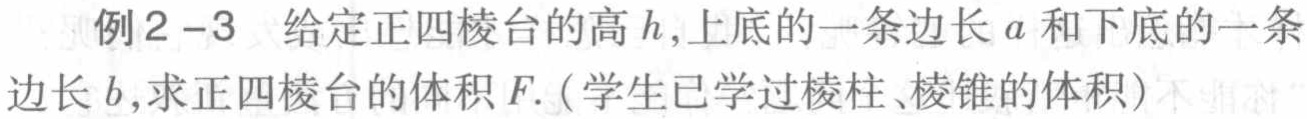
例2 - 3 给定正四棱台的高\(h\)，上底的一条边长\(a\)和下底的一条边长\(b\)，求正四棱台的体积\(F\).（学生已学过棱柱、棱锥的体积）